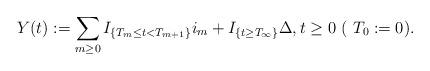
LaTeX: \begin{align*}Y(t):=\sum_{m\geq 0}I_{\{T_m\leq t<T_{m+1}\}}i_m+ I_{\{t\geq T_\infty\}}\Delta, t\geq 0~(~ T_0:=0).\end{align*}